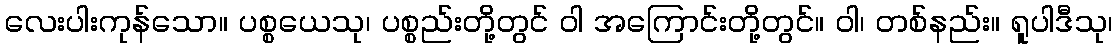
လေးပါးကုန်သော။ ပစ္စယေသု၊ ပစ္စည်းတို့တွင် ဝါ အကြောင်းတို့တွင်။ ဝါ၊ တစ်နည်း။ ရူပါဒီသု၊